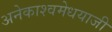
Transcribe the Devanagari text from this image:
अनेकाश्वमेधयाजी